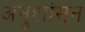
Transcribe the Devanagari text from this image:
अनुशांसन